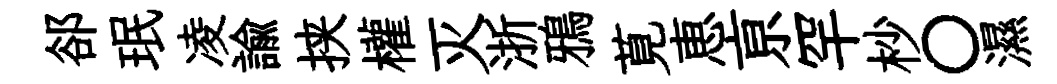
郤珉凌諭挟權灭浙鴉莧恵亰罕杪〇濕